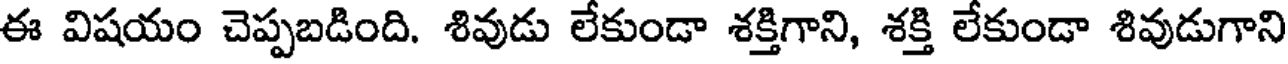
ఈ విషయం చెప్పబడింది. శివుడు లేకుండా శక్తిగాని, శక్తి లేకుండా శివుడుగాని